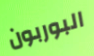
البوربون